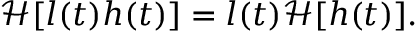
\mathcal { H } [ l ( t ) h ( t ) ] = l ( t ) \mathcal { H } [ h ( t ) ] .